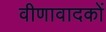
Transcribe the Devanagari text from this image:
वीणावादकों